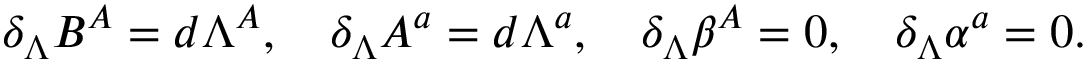
\delta _ { \Lambda } B ^ { A } = d \Lambda ^ { A } , \quad \delta _ { \Lambda } A ^ { a } = d \Lambda ^ { a } , \quad \delta _ { \Lambda } \beta ^ { A } = 0 , \quad \delta _ { \Lambda } \alpha ^ { a } = 0 .